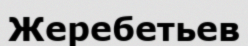
Жеребетьев